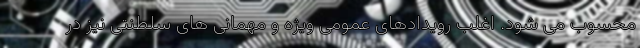
محسوب می شود. اغلب رویدادهای عمومی ویژه و مهمانی های سلطنتی نیز در